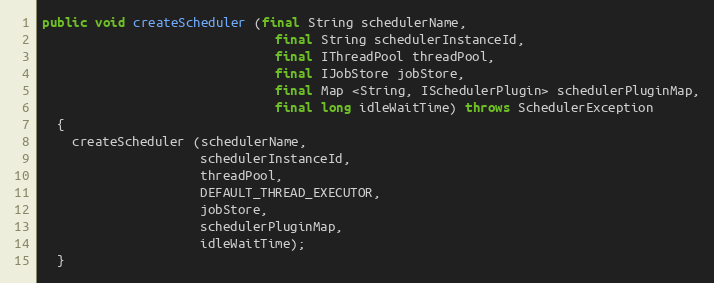
Language: Java
public void createScheduler (final String schedulerName,
                               final String schedulerInstanceId,
                               final IThreadPool threadPool,
                               final IJobStore jobStore,
                               final Map <String, ISchedulerPlugin> schedulerPluginMap,
                               final long idleWaitTime) throws SchedulerException
  {
    createScheduler (schedulerName,
                     schedulerInstanceId,
                     threadPool,
                     DEFAULT_THREAD_EXECUTOR,
                     jobStore,
                     schedulerPluginMap,
                     idleWaitTime);
  }